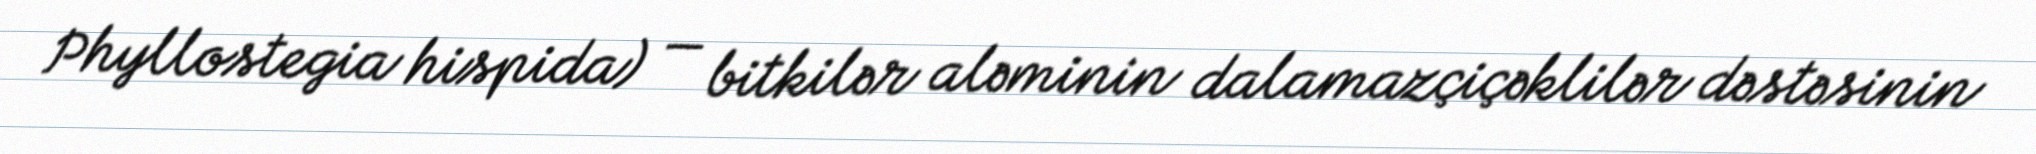
Phyllostegia hispida) — bitkilər aləminin dalamazçiçəklilər dəstəsinin